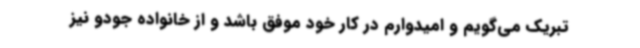
تبریک می‌گویم و امیدوارم در کار خود موفق باشد و از خانواده جودو نیز